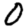
Digit: 0